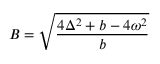
B = \sqrt { \frac { 4 \Delta ^ { 2 } + b - 4 \omega ^ { 2 } } { b } }